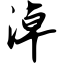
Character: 淖